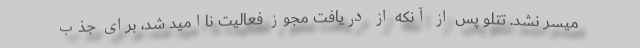
میسر نشد. تتلو پس از آنکه از دریافت مجوز فعالیت ناامید شد، برای جذب